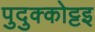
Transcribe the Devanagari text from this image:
पुदुक्कोट्टइ